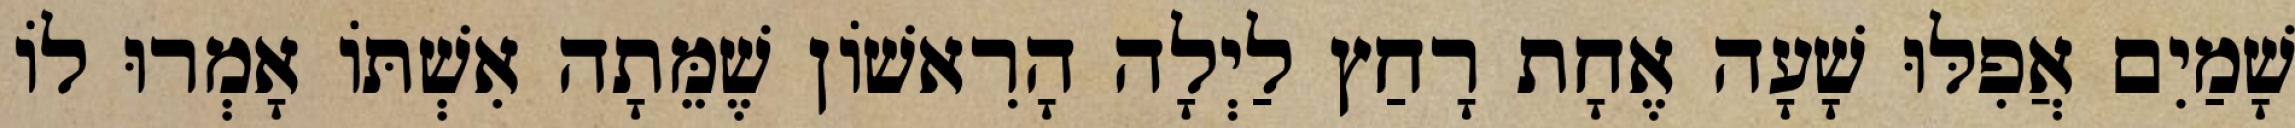
שָׁמַיִם אֲפִלּוּ שָׁעָה אֶחָת רָחַץ לַיְלָה הָרִאשׁוֹן שֶׁמֵּתָה אִשְׁתּוֹ אָמְרוּ לוֹ